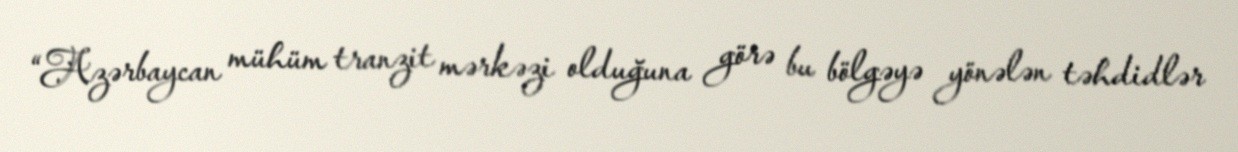
“Azərbaycan mühüm tranzit mərkəzi olduğuna görə bu bölgəyə yönələn təhdidlər